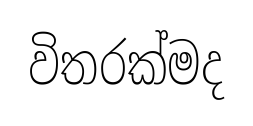
විතරක්මද